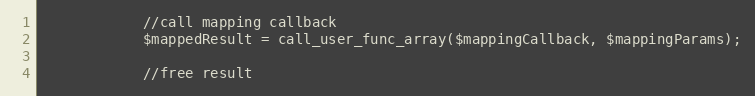
Language: PHP
			//call mapping callback
			$mappedResult = call_user_func_array($mappingCallback, $mappingParams);

			//free result